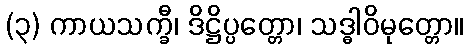
(၃) ကာယသက္ခီ၊ ဒိဋ္ဌိပ္ပတ္တော၊ သဒ္ဓါဝိမုတ္တော။